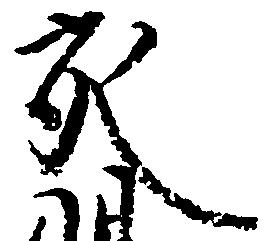
充